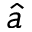
\hat { a }